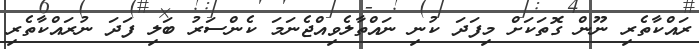
ރައްކާތެރި ނޫން ގޮތަކަށް މިފަދަ ކުނި ނައްތާލެވިއްޖެނަމަ ކެންސަރު ބަލި ފަދަ ނުރައްކާތެރި